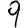
Digit: 9